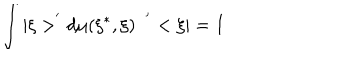
LaTeX: \int | \xi > ^ { ^ { \prime } } d \mu ( \xi ^ { * } , \xi ) \; \; ^ { ^ { \prime } } < \xi | = I